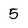
Character: 5